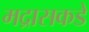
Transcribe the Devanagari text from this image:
मद्रासकडे